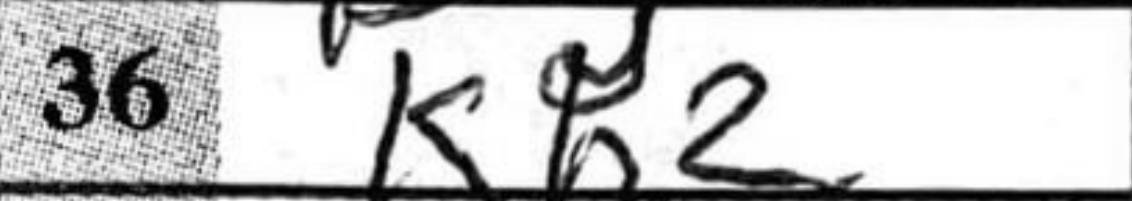
Transcription: Kh2